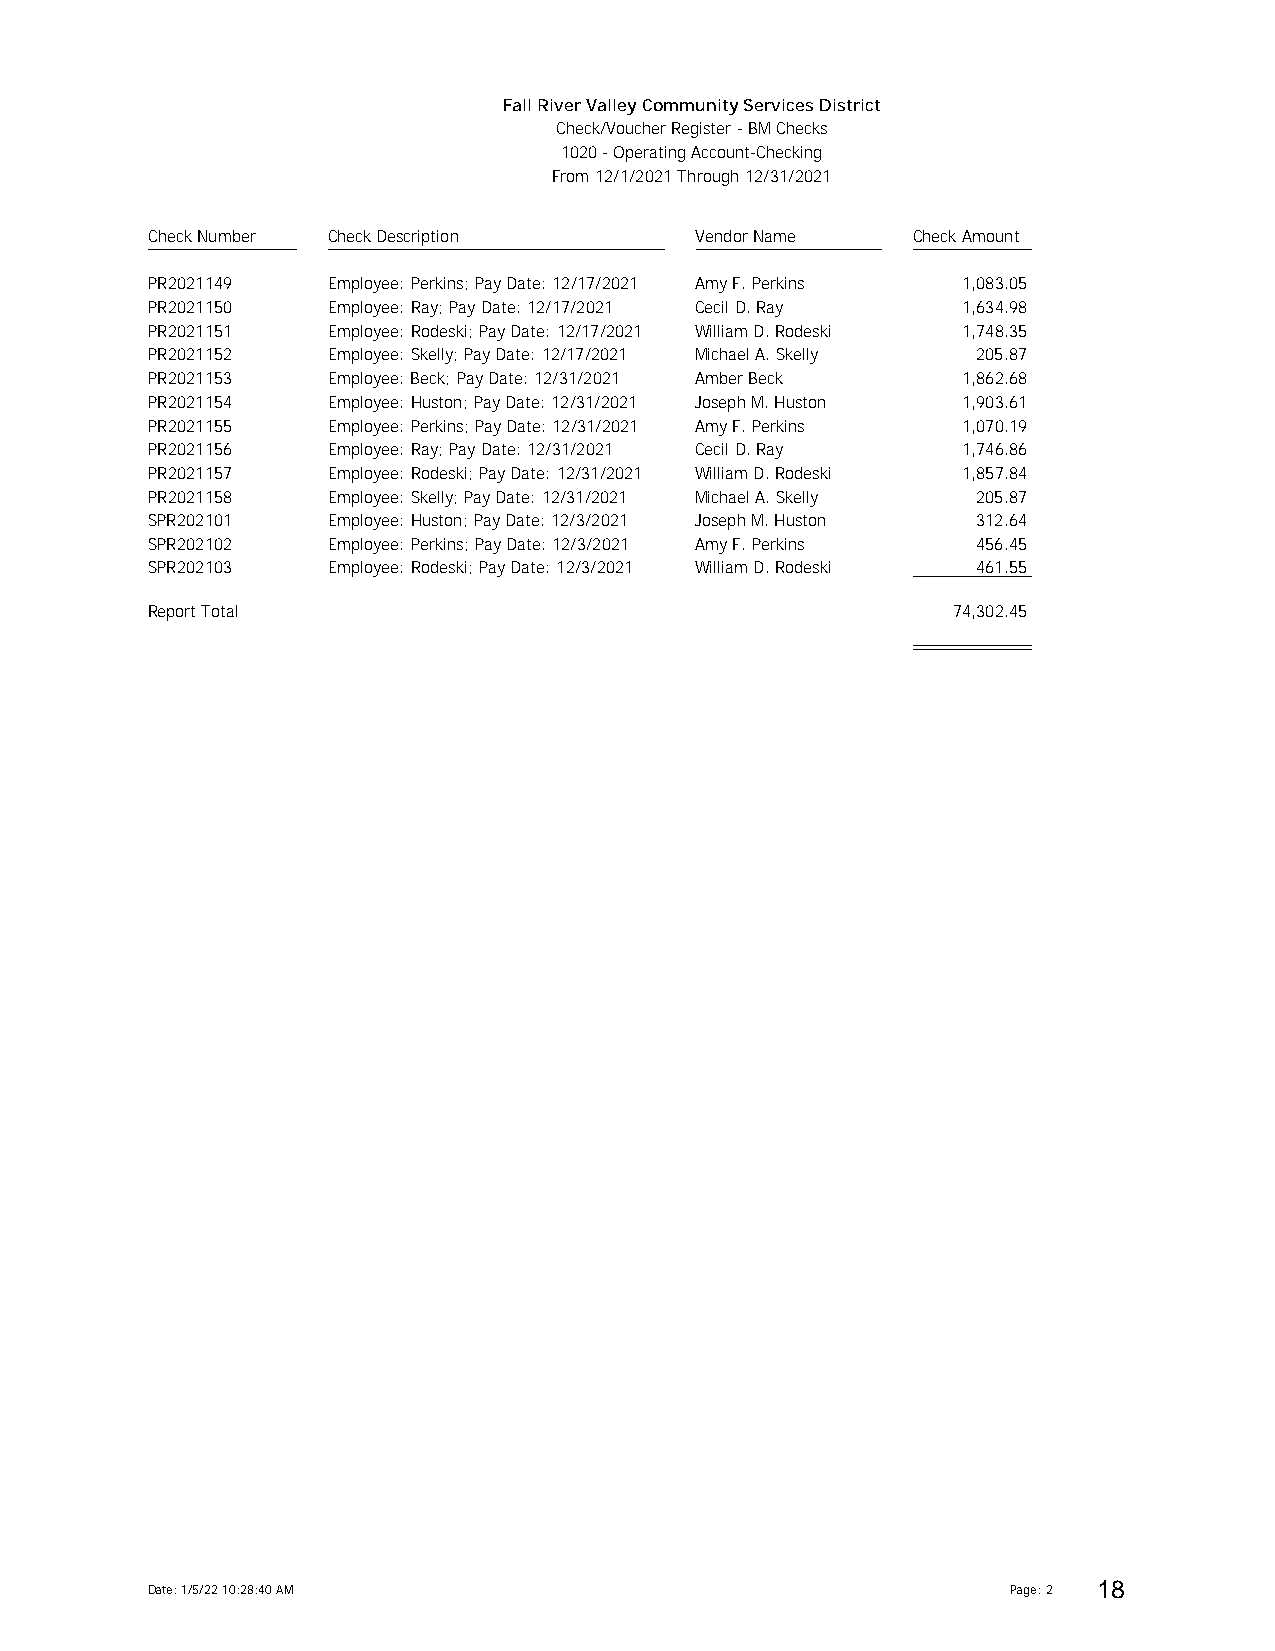
Fall River Valley Community Services District
 Check/Voucher Register - BM Checks
 1020 - Operating Account-Checking
 From 12/1/2021 Through 12/31/2021
 Check Number Check Description      Vendor Name   Check Amount
 PPRR22002211114499 Employee: Perkins; Pay Date: 12/17/2021 Amy F. Perkins 1,083.05
 PPRR22002211115500 Employee: Ray; Pay Date: 12/17/2021 Cecil D. Ray 1,634.98
 PPRR22002211115511 Employee: Rodeski; Pay Date: 12/17/2021 William D. Rodeski 1,748.35
 PPRR22002211115522 Employee: Skelly; Pay Date: 12/17/2021 Michael A. Skelly 205.87
 PPRR22002211115533 Employee: Beck; Pay Date: 12/31/2021 Amber Beck 1,862.68
 PPRR22002211115544 Employee: Huston; Pay Date: 12/31/2021 Joseph M. Huston 1,903.61
 PPRR22002211115555 Employee: Perkins; Pay Date: 12/31/2021 Amy F. Perkins 1,070.19
 PPRR22002211115566 Employee: Ray; Pay Date: 12/31/2021 Cecil D. Ray 1,746.86
 PPRR22002211115577 Employee: Rodeski; Pay Date: 12/31/2021 William D. Rodeski 1,857.84
 PPRR22002211115588 Employee: Skelly; Pay Date: 12/31/2021 Michael A. Skelly 205.87
 SSPPRR220022110011 Employee: Huston; Pay Date: 12/3/2021 Joseph M. Huston 312.64
 SSPPRR220022110022 Employee: Perkins; Pay Date: 12/3/2021 Amy F. Perkins 456.45
 SSPPRR220022110033 Employee: Rodeski; Pay Date: 12/3/2021 William D. Rodeski 461.55
 Report Total                                         74,302.45
 Date: 1/5/22 10:28:40 AM                                 Page: 2 18